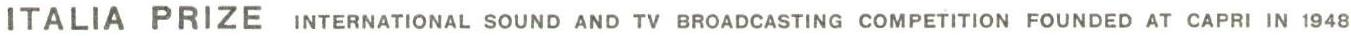
ITALIA PRIZE INTERNATIONAL SOUND AND TV BROADCASTING COMPETITION FOUNDED AT CAPRI IN 1948